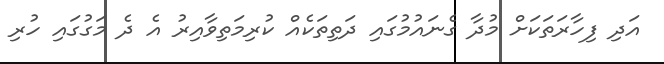
އަދި ފިހާރަތަކަށް މުދާ ގެނައުމުގައި ދަތިތަކެއް ކުރިމަތިވާއިރު އެ ދެ މަގުގައި ހުރި